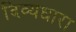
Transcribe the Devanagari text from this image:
दिव्यधारा